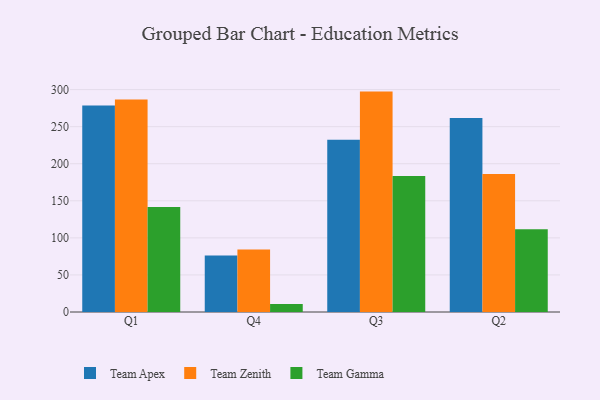
{"axis": {"x": "Quarter", "y": "Net Income (USD K)"}, "legend": ["Team Apex", "Team Gamma", "Team Zenith"], "data": [{"x": "Q1", "y": 278.4, "type": "Team Apex"}, {"x": "Q1", "y": 286.7, "type": "Team Zenith"}, {"x": "Q1", "y": 141.8, "type": "Team Gamma"}, {"x": "Q4", "y": 76.2, "type": "Team Apex"}, {"x": "Q4", "y": 84.2, "type": "Team Zenith"}, {"x": "Q4", "y": 10.7, "type": "Team Gamma"}, {"x": "Q3", "y": 232.3, "type": "Team Apex"}, {"x": "Q3", "y": 297.3, "type": "Team Zenith"}, {"x": "Q3", "y": 183.3, "type": "Team Gamma"}, {"x": "Q2", "y": 261.6, "type": "Team Apex"}, {"x": "Q2", "y": 186.0, "type": "Team Zenith"}, {"x": "Q2", "y": 111.5, "type": "Team Gamma"}]}